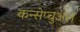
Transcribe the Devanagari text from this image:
कन्सेप्चुअल